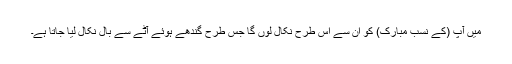
میں آپ (کے نسب مبارک) کو ان سے اس طرح نکال لوں گا جس طرح گُندھے ہوئے آٹے سے بال نکال لیا جاتا ہے۔